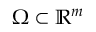
\Omega \subset \mathbb { R } ^ { m }